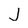
Character: J